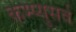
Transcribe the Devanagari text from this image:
कम्प्युसर्व